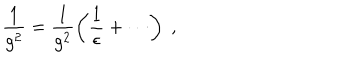
LaTeX: \frac { 1 } { g ^ { 2 } } = \frac { 1 } { g ^ { 2 } } \left( \frac { 1 } { \epsilon } + \cdots \right) \; ,